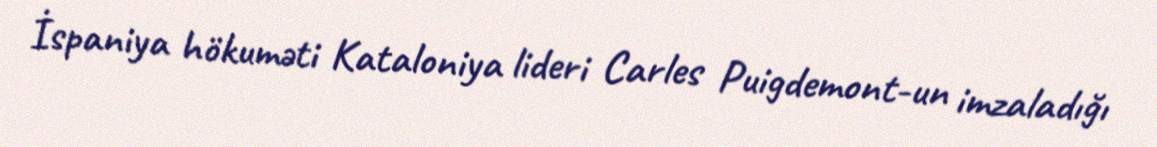
İspaniya hökuməti Kataloniya lideri Carles Puigdemont-un imzaladığı